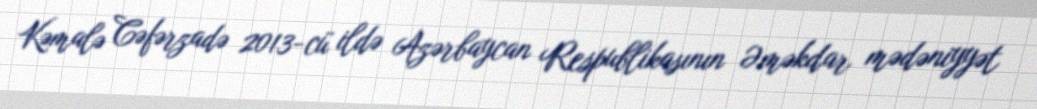
Kəmalə Cəfərzadə 2013-cü ildə Azərbaycan Respublikasının Əməkdar mədəniyyət